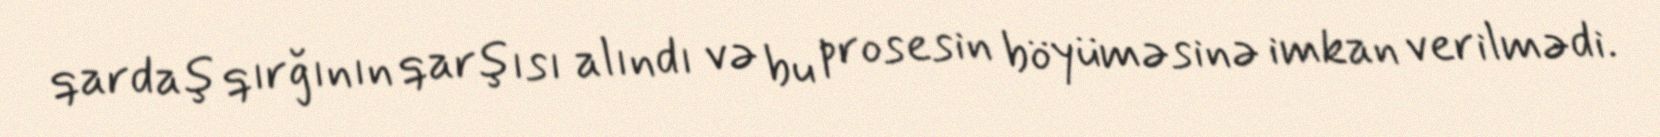
qardaş qırğının qarşısı alındı və bu prosesin böyüməsinə imkan verilmədi.